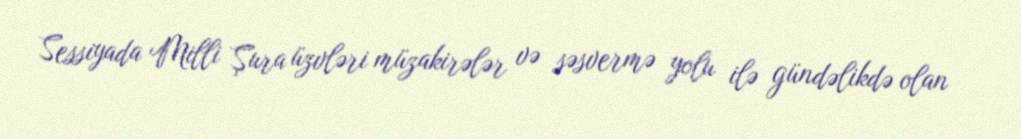
Sessiyada Milli Şura üzvləri müzakirələr və səsvermə yolu ilə gündəlikdə olan